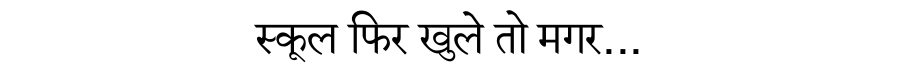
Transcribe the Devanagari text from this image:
स्कूल फिर खुले तो मगर...